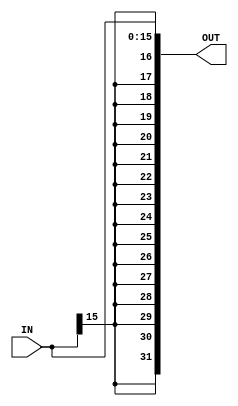
//`timescale 1ns / 1ps
//////////////////////////////////////////////////////////////////////////////////
// Company: 
// 
// Design Name: 
// Module Name: Sign_Extend
// Project Name: 
// Target Devices: 
// Tool Versions: 
// Description: 
// 
// Dependencies: 
// 
// Revision:
// Revision 0.01 - File Created
// Additional Comments:
// 
//////////////////////////////////////////////////////////////////////////////////


module Sign_Extend #(parameter DATA_IN = 16 , DATA_OUT = 32 )
(
 input   [DATA_IN  - 1 : 0]  IN ,
 output  [DATA_OUT - 1 : 0]  OUT 
);

assign OUT = { {DATA_IN{IN[DATA_IN-1]} } , IN } ;  
   //assign OUT =  { { 16 {1'b1} } ,Instr };
endmodule